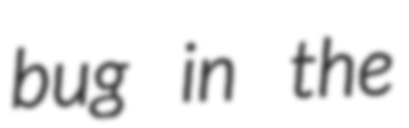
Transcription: bug in the